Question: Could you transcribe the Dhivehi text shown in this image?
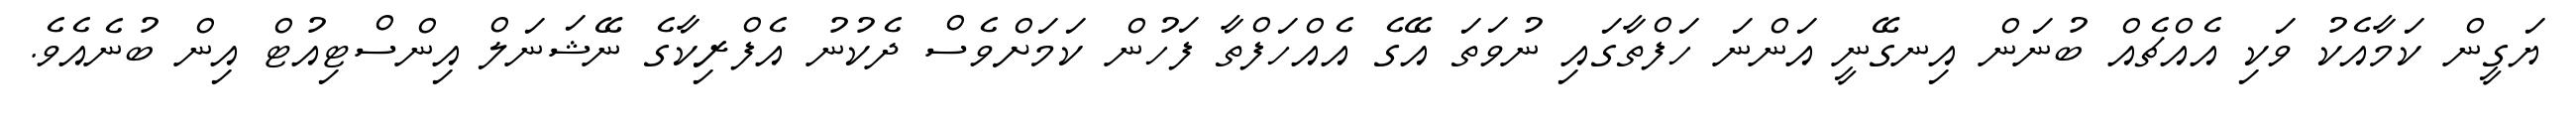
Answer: ޔަގީން ކަމާއެކު ވަކި އެއްޗެއް ބުނަން އިނގޭނީ އަންނަ ހަފްތާގައި ނުވަތަ އޭގެ އެއްހަފްތާ ފަހުން ކަމަށްވެސް ދެކުނު އެފްރިކާގެ ނޭޝަނަލް އިންސްޓިއުޓް އިން ބުނެއެވެ.